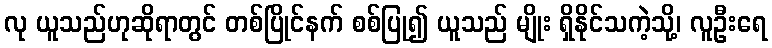
လု ယူသည်ဟုဆိုရာတွင် တစ်ပြိုင်နက် စစ်ပြု၍ ယူသည် မျိုး ရှိနိုင်သကဲ့သို့၊ လူဦးရေ